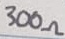
Text: 300Ω